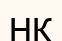
НК